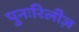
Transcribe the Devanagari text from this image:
पुनःरिलीज़